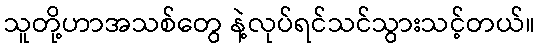
သူတို့ဟာအသစ်တွေ နဲ့လုပ်ရင်သင်သွားသင့်တယ်။